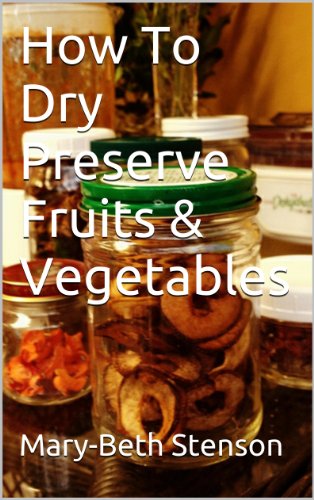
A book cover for How To Dry Preserve Fruits & Vegetables (Canning and Preserving Guides Book 2); Mary-Beth Stenson; Cookbooks, Food & Wine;